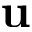
\mathbf { u }